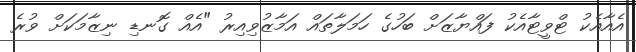
އެއާއެކު ޓްވީޓާއެކު ފައްޔާޒަށް ބަހުގެ ހަމަލާތައް އަމާޒުވިއިރު "އެއް ގޮނޑި ނިޒާމަކަށް ވުރެ